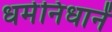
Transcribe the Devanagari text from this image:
धर्मनिधानें